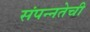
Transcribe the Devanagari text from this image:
संपन्नतेची